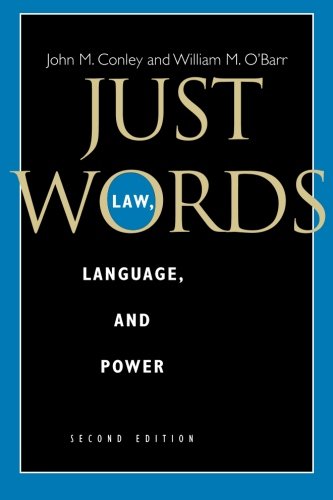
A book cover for Just Words, Second Edition: Law, Language, and Power (Chicago Series in Law and Society); John M. Conley; Law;